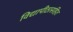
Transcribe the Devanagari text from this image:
विद्यापीठासहित